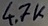
Text: 4.7K